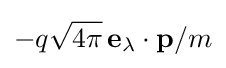
-q{\sqrt {4\pi }}\,\mathbf {e} _{\lambda }\cdot \mathbf {p} /m